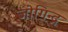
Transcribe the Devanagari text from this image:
जोगिन्द्र